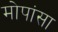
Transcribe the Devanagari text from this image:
मोपांसा